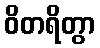
ဝိတရိတွာ